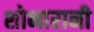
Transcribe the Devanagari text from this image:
शोभारानी